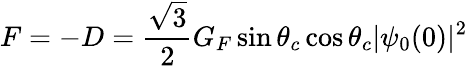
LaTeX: F=-D={\frac{\sqrt{3}}{2}}G_{F}\sin\theta_{c}\cos\theta_{c}|\psi_{0}(0)|^{2}